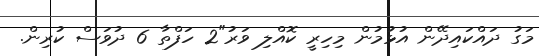
މަގު ދައްކައިދޭން އުޅުމުން މިހިރީ ކޮއްލި ވަރު"2 ހަފްތާ 6 ދުވަސް ކުރިން.